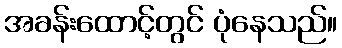
အခန်းထောင့်တွင် ပုံနေသည်။